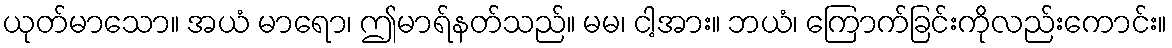
ယုတ်မာသော။ အယံ မာရော၊ ဤမာရ်နတ်သည်။ မမ၊ ငါ့အား။ ဘယံ၊ ကြောက်ခြင်းကိုလည်းကောင်း။